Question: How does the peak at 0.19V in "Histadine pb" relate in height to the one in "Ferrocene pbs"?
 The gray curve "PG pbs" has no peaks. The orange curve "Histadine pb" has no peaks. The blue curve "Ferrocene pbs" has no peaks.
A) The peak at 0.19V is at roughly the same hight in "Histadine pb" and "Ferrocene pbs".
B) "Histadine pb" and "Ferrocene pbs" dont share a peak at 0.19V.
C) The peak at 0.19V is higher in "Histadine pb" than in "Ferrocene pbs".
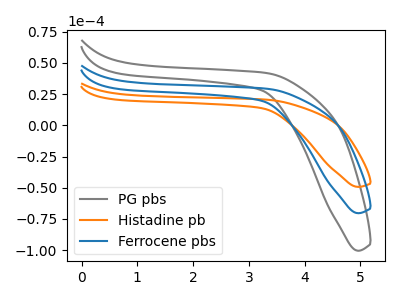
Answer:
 <answer>B) "Histadine pb" and "Ferrocene pbs" dont share a peak at 0.19V.</answer>
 <eval>B</eval>